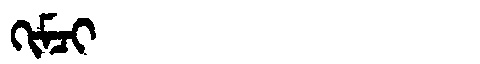
Manchu: ᡴᡳᠮᠴᡳ
Romanization: KIMCI